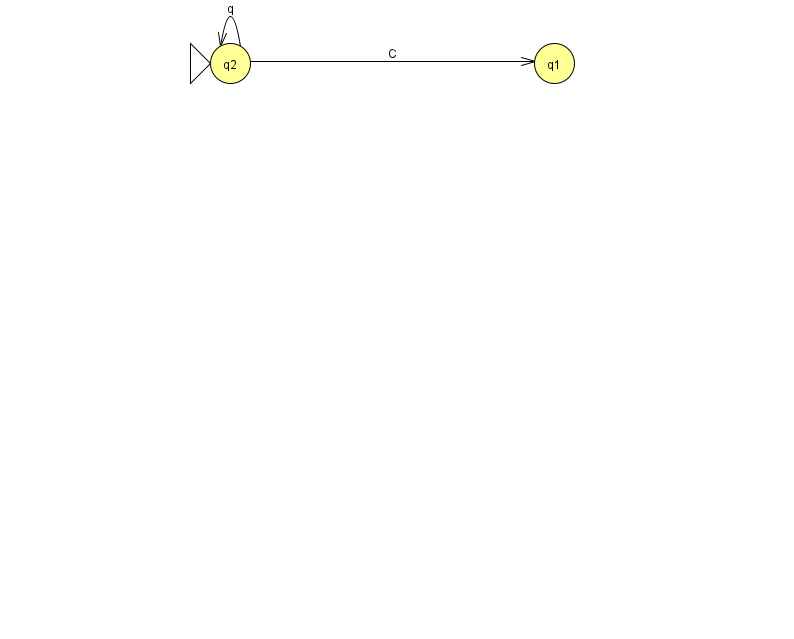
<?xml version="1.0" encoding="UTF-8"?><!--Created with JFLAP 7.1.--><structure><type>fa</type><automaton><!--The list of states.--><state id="1" name="q1"><x>554.0</x><y>50.0</y></state><state id="2" name="q2"><x>230.0</x><y>50.0</y><initial/></state><!--The list of transitions.--><transition><from>2</from><to>2</to><read>q</read></transition><transition><from>2</from><to>1</to><read>C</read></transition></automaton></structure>